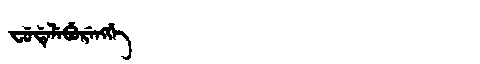
Manchu: ᠸᡠᡩᡝᠯᡝᠪᡠᡵᡝᠩᡤᡝ
Romanization: FUDELEBURENGGE